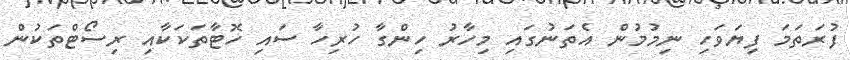
ފުރަތަމަ ފިޔަވަހި ނިމުމުން އެތަނުގައި މިހާރު ހިންގާ ހުރިހާ ސައި ހޮޓާތަކަކާއި ރިސޯޓްތަކުން